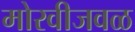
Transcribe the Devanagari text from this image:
मोरवीजवळ